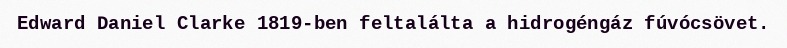
Edward Daniel Clarke 1819-ben feltalálta a hidrogéngáz fúvócsövet.